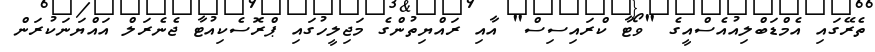
ތެރޭގައި އެމްޑަބްލިއުއެސްއީގެ "ވޯޓާ ކްރައިސިސް" އާއި ރައްޔިތުންގެ މަޖިލީހުގައި ޕްރޮސެކިއުޓާ ޖެނެރަލް އައްޔަނަކުރަން